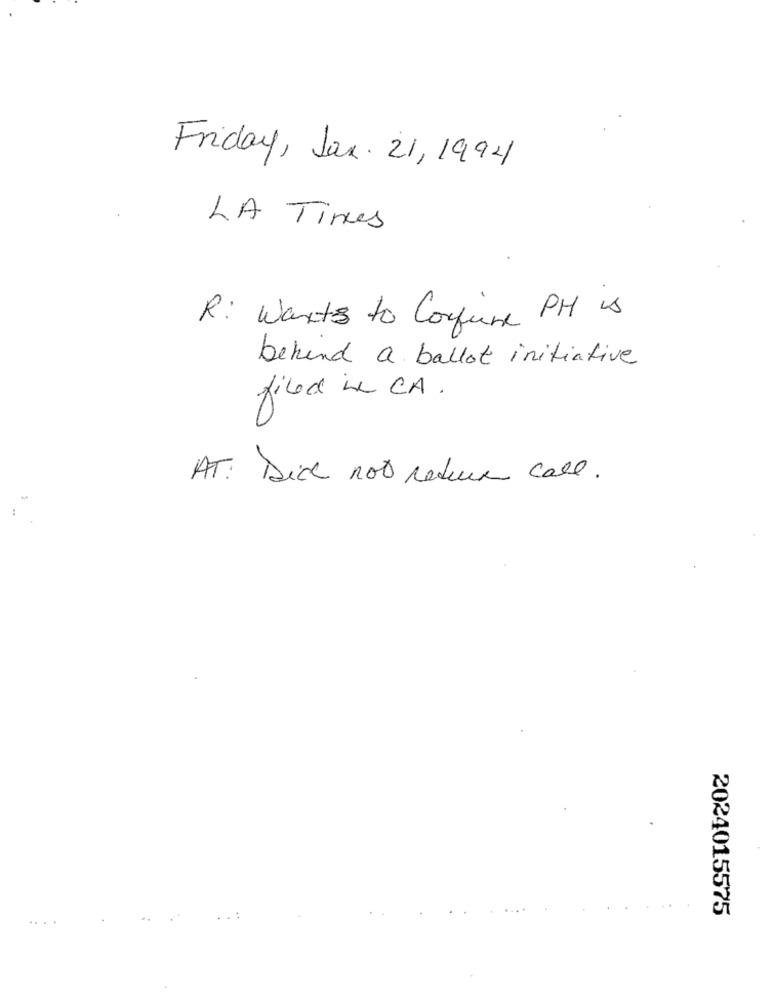
Friday, Jan. 21, 1994
LA Times
R: Wants to Confine PH is
behind a ballot initiative
filed in CA.
AT: Did not return call.
2024015575